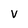
Character: v